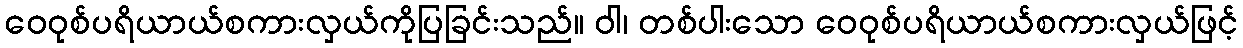
ဝေဝုစ်ပရိယာယ်စကားလှယ်ကိုပြခြင်းသည်။ ဝါ၊ တစ်ပါးသော ဝေဝုစ်ပရိယာယ်စကားလှယ်ဖြင့်